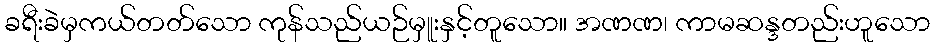
ခရီးခဲမှကယ်တတ်သော ကုန်သည်ယဉ်မှူးနှင့်တူသော။ အဏဏ၊ ကာမဆန္ဒတည်းဟူသော